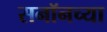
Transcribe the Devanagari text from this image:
सनॉनच्या